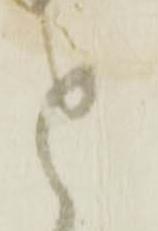
と